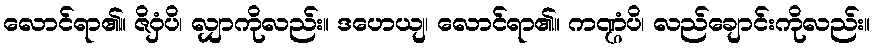
လောင်ရာ၏။ ဇိဝှံပိ၊ လျှာကိုလည်း။ ဒဟေယျ၊ လောင်ရာ၏။ ကဏ္ဌံပိ၊ လည်ချောင်းကိုလည်း။